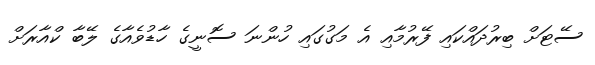
ސޭޓަށް ބިރުދައްކައި ފޭރުމާއި އެ މަގުގައި ހުންނަ ސޮނީގެ ހާޑުވެއާގެ ލޭބާ ކްއާރަށް